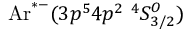
\mathrm { A r } ^ { * - } ( 3 p ^ { 5 } 4 p ^ { 2 } \ ^ { 4 } S _ { 3 / 2 } ^ { O } )